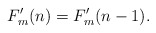
\begin{align*}F'_m(n)=F'_m(n-1).\end{align*}